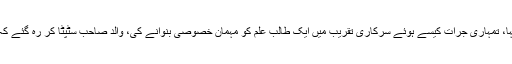
کانفرنس کے اگلے روز بیس کمانڈر نے والد صاحب کو طلب کر لیا اور کہا، تمہاری جرات کیسے ہوئے سرکاری تقریب میں ایک طالب علم کو مہمان خصوصی بنوانے کی، والد صاحب سٹپٹا کر رہ گئے کہ یہ کیا کہا جارہا ہے، انہوں نے بیس کمانڈر سے پوچھا، کونسا طالب علم؟